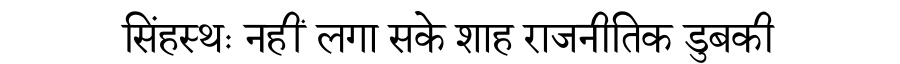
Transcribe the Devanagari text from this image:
सिंहस्थः नहीं लगा सके शाह राजनीतिक डुबकी